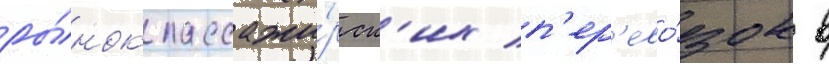
ры́нок пассажи́рск'их п'ер'ево́зок в